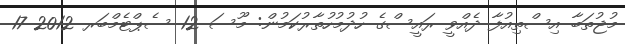
މުޖުތަބާ އިސްތިއުފާ ދެއްވީ ރައީސްގެ ހުދުމުހުތާރުކަމުން: މޫސަ 12 ސެޕްޓެމްބަރ 2012 17